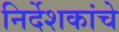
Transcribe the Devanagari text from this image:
निर्देशकांचे